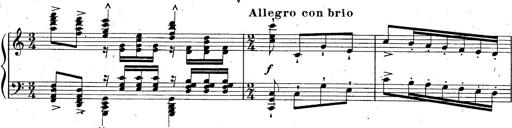
Title: God Save the Queen
Composer: Charles LÃ©on Hess
Key: A major